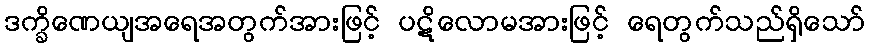
ဒက္ခိဏေယျအရေအတွက်အားဖြင့် ပဋိလောမအားဖြင့် ရေတွက်သည်ရှိသော်